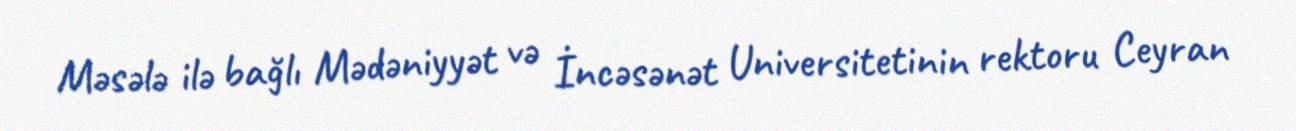
Məsələ ilə bağlı Mədəniyyət və İncəsənət Universitetinin rektoru Ceyran